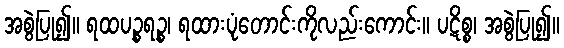
အစွဲပြု၍။ ရထပဉ္စရဉ္စ၊ ရထားပုံတောင်းကိုလည်းကောင်း။ ပဋိစ္စ၊ အစွဲပြု၍။